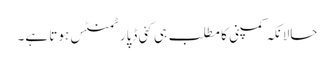
حالانکہ کمپنی کا مطلب ہی کئی ڈپارٹمنٹس ہوتا ہے۔